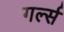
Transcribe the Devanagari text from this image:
गर्ल्‍स